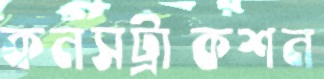
কনসট্রাকশন